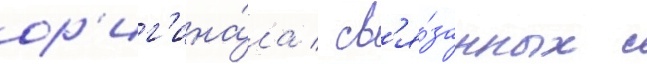
ор'иг'ина́ла / св'я́занных с